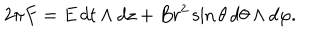
2 \pi F = E \, d t \land d z + B r ^ { 2 } \sin \theta \, d \theta \land d \varphi .